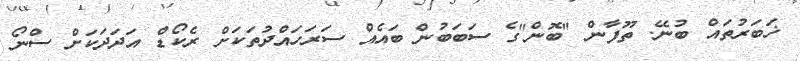
ޚަބަރުތައް ބުނޭ. ތޫފާން "ބޮން"ގެ ސަބަބުން ބައެއް ސަރަހައްދުތަކަށް ރެކޯޑް އަދަދަކަށް ސްނޯ